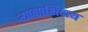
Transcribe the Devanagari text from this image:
त्यागाशिवाय